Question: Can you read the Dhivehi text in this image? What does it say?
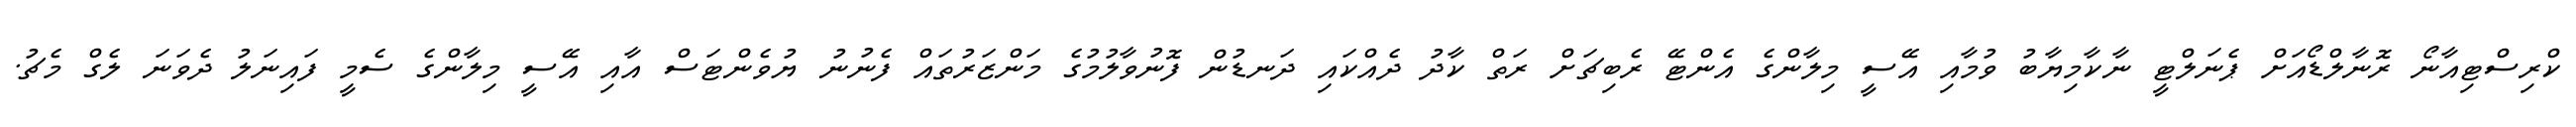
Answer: ކްރިސްޓިއާނޯ ރޮނާލްޑޯއަށް ޕެނަލްޓީ ނާކާމިޔާބު ވުމާއި އޭސީ މިލާންގެ އެންޓޭ ރެބިޗަށް ރަތް ކާދު ދެއްކައި ދަނޑުން ފޮނުވާލުމުގެ މަންޒަރުތައް ފެނުނު ޔުވެންޓަސް އާއި އޭސީ މިލާންގެ ސެމީ ފައިނަލު ދެވަނަ ލެގް މެޗު.